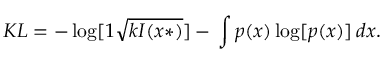
K L = - \log [ 1 { \sqrt { k I ( x * ) } } ] - \, \int p ( x ) \log [ p ( x ) ] \, d x .